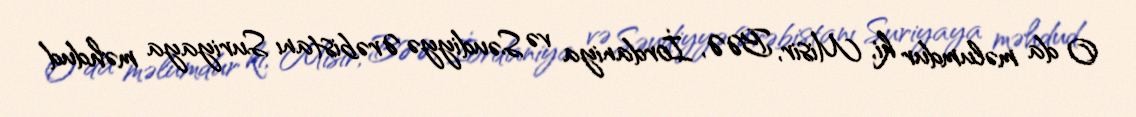
O da məlumdur ki, Misir, BƏƏ, İordaniya və Səudiyyə Ərəbistanı Suriyaya məhdud